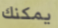
يمكنك